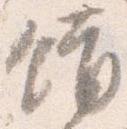
錯